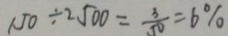
1 5 0 \div 2 5 0 0 = \frac { 3 } { 5 0 } = 6 \%